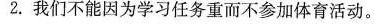
2.我们不能因为学习任务重而不参加体育活动。